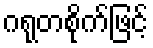
ဂရုတစိုက်ဖြင့်